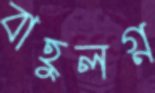
বাহুলগ্ন